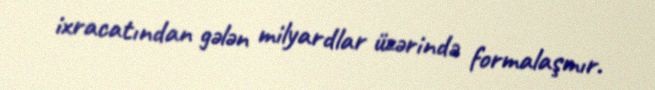
ixracatından gələn milyardlar üzərində formalaşmır.